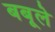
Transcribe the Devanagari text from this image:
बबूले